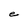
Character: e